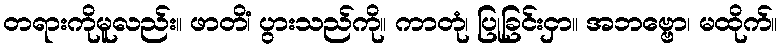
တရားကိုမူလည်း။ ဖာတိံ၊ ပွားသည်ကို။ ကာတုံ၊ ပြုခြင်းငှာ။ အဘဗ္ဗော၊ မထိုက်။